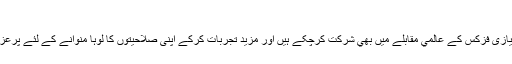
"
شہيرنيازی فزکس کے عالمي مقابلے ميں بھي شرکت کرچکے ہیں اور مزيد تجربات کرکے اپنی صلاحيتوں کا لوہا منوانے کے لئے پرعزم ہے۔